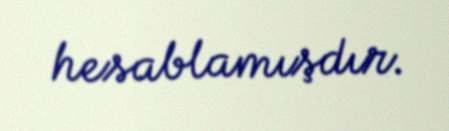
hesablamışdır.